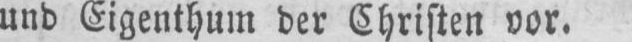
und Eigenthum der Christen vor.